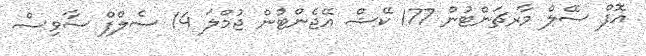
އޮފް ސޭލް މާރޗަންޓުން 177 ކޭޝް އޭޖެންޓުން ޖުމްލަ 14 ސެލްފް ސާވިސް